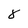
Character: 8